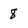
Character: 8